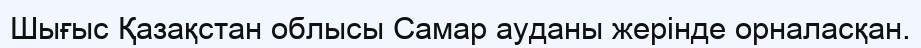
Шығыс Қазақстан облысы Самар ауданы жерінде орналасқан.